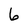
Character: 6